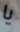
يا